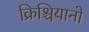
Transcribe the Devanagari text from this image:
क्रिश्चियानो